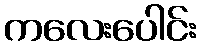
ကလေးပေါင်း